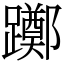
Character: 躑